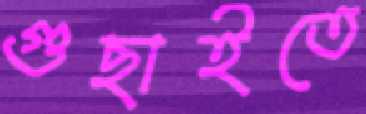
গুছাইতে